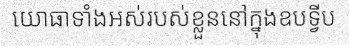
យោធាទាំងអស់របស់ខ្លួននៅក្នុងឧបទ្វីប